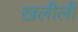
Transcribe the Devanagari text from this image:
खलीली